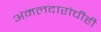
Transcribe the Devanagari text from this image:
अंमलदारांचीही